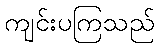
ကျင်းပကြသည်